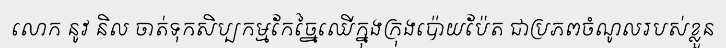
លោក នូវ និល ចាត់ទុកសិប្បកម្មកែច្នៃឈើក្នុងក្រុងប៉ោយប៉ែត ជាប្រភពចំណូលរបស់ខ្លួន